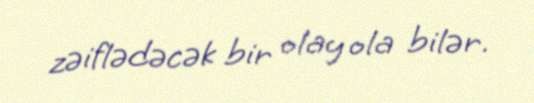
zəiflədəcək bir olay ola bilər.